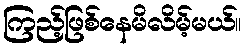
ကြည့်ဖြစ်နေမိလိမ့်မယ်။